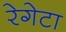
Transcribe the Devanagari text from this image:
रेगेटा